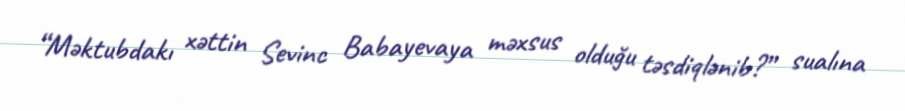
“Məktubdakı xəttin Sevinc Babayevaya məxsus olduğu təsdiqlənib?” sualına